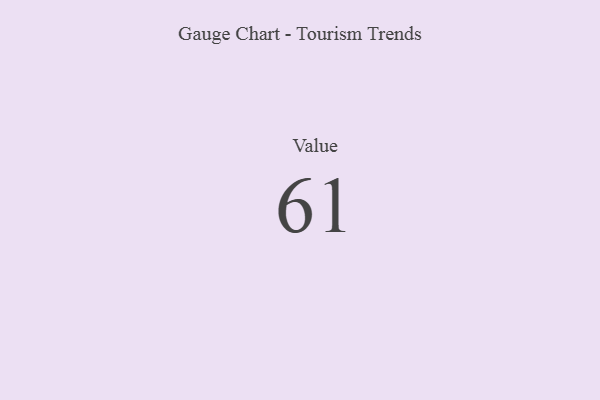
{"axis": {"x": "Metric", "y": "Value"}, "legend": [""], "data": [{"x": "Value", "y": 61, "type": ""}]}